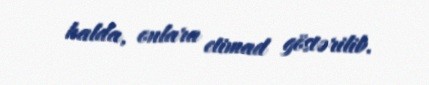
halda, onlara etimad göstərilib.